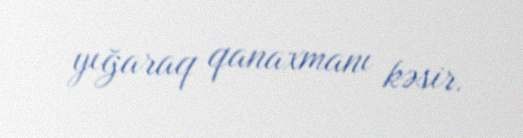
yığaraq qanaxmanı kəsir.